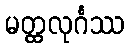
မတ္ထလုင်္ဂဿ